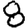
Digit: 8